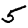
Digit: 5